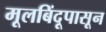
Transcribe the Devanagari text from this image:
मूलबिंदूपासून